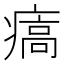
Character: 㾸